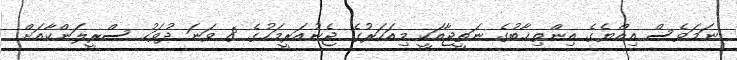
ނަމަވެސް އިއްޔެގެ އިންތިޚާބުގެ ނަތީޖާއަކީ މިއަހަރުގެ ޖެނުއަރީމަހުގެ 8 ވަނަ ދުވަހު ސްރީލަންކާއަށް